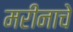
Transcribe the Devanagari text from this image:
मरीनाचे